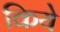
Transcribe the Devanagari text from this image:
किये